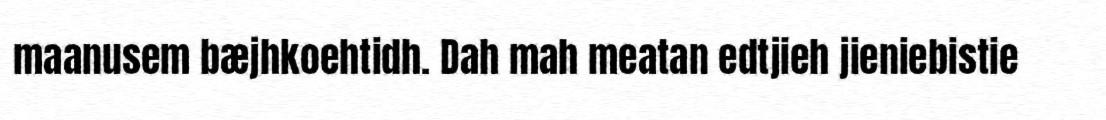
maanusem bæjhkoehtidh. Dah mah meatan edtjieh jieniebistie